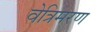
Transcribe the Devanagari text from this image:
वेत्रिमरण